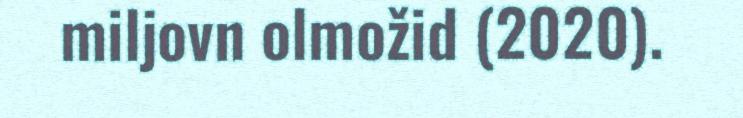
miljovn olmožid (2020).